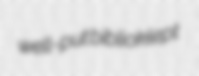
well-put biblioklept